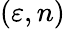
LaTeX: (\varepsilon,n)